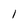
Character: 1